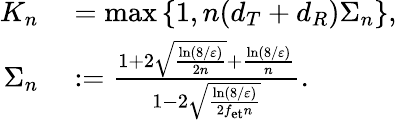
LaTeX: \begin{array}{rl}{K_{n}}&{{}=\operatorname*{max}\left\{ 1,n(d_{T}+d_{R})\Sigma_{n}\right\} ,}\\ {\Sigma_{n}}&{{}:=\frac{1+2\sqrt{\frac{\ln(8/\varepsilon)}{2n}}+\frac{\ln(8/\varepsilon)}{n}}{1-2\sqrt{\frac{\ln(8/\varepsilon)}{2f_{\mathrm{et}}n}}}.}\end{array}